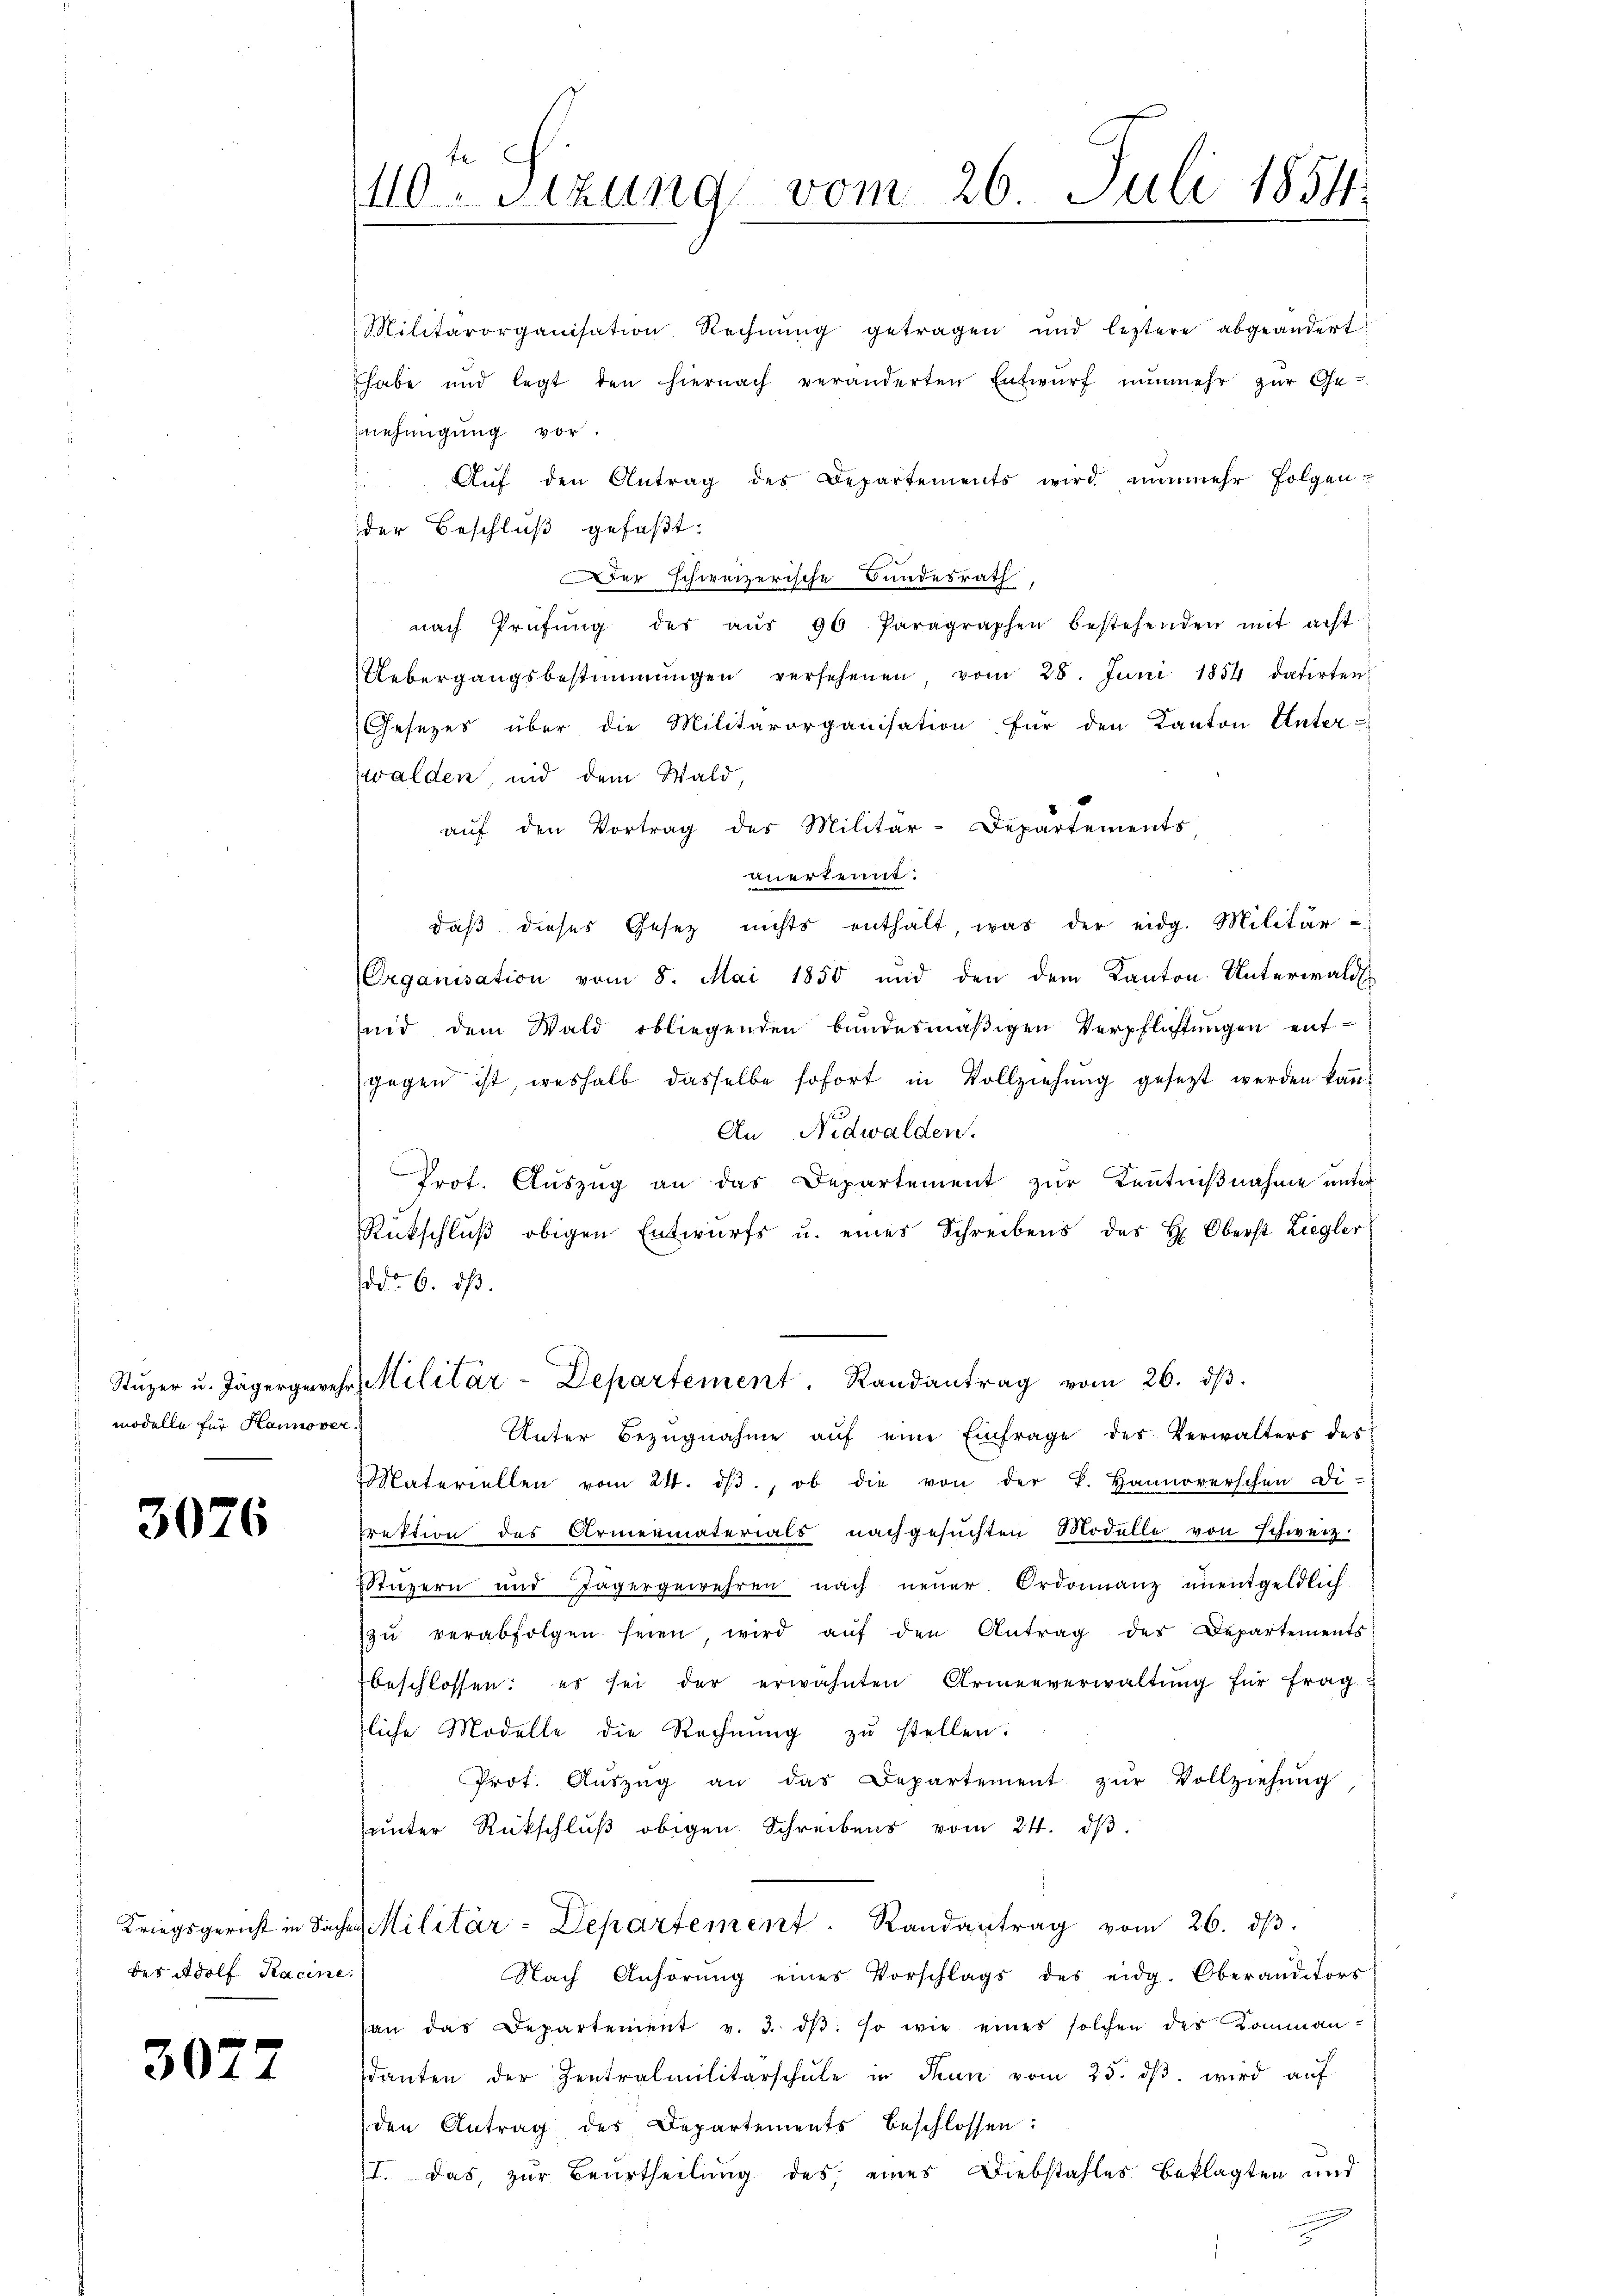
modelle für Hannover.
2

3076

des Adolf Kacine.

3077

110. Sitzung vom 26. Juli 1854.

Militärorganisation, Rechnŭng getragen und leztere abgeändert
habe und legt den hiernach veränderten Entwŭrf nŭnmehr zŭr Ge-
nehmigung vor.
Aŭf den Antrag des Departements wird nunmehr folgen-
der Beschluß gefaßt:
er schweizerische Bundesrath,
nach Prüfŭng des aŭs 90 Paragraphen bestehenden mit acht
Uebergangsbestimmungen versehenen, vom 28. Juni 1854 datirten
Gesezes über die Militärorganisation für den Kanton Unter-
walden, und dem Wald,
aŭf den Vortrag des Militär-Departements
anerkennt:
daß dieses Gesetz nichts enthält, was der eidg. Militär
Erganisation vom 8. Mai 1850 und den dem Kanton. Unterwald
und dem Wald obliegenden bundesmäßigen Verpflichtungen entgegen ist, weshalb dasselbe sofort in Vollziehŭng gesetzt werden kan
An Nidwalden.
Prot. Auszug an das Departement zur Kenntnißnahme unter
Rückschlŭβ obigen Entwurfs u. eines Schreibens des H. Oberst Ziegler
ddo 6. ds.
Stŭzer u. Jägergewehr, Militär-Departement. Randantrag vom 26. dβ.
Unter Bezugnahme aŭf eine Einfrage des Verwalters des
Materiellen vom 24. dβ., ob die von der k. Hannoverschen Di-
frektion des Armenmaterials nachgesuchten Modelle von Schweiz.
Wuzern und Tagergewehren nach neŭer Ordonnanz unentgeldlich
zŭ verabfolgen seien, wird aŭf den Antrag der Departements
beschlossen: es sei der erwähnten Armenverwaltŭng für frag
tliche Modelle die Rechnŭng zŭ stellen.
Prot. Aŭszŭg an das Departement zŭr Vollziehŭng
ŭnter Rückschlŭβ obigen Schreibens vom 24. dβ.
Kriegsgericht in Sachen Militär-Departement. Randantrag vom 26. dβ.
Nach Anhörung eines Vorschlags des eidg. Oberanditors
han das Departement v. 3. dβ. so wie eines solchen des Komman-
danten der Zentralmilitärschŭle in Thun vom 25. dβ wird auf
den Antrag des Departements beschlossen:
I. Das zur Beurtheilung des eines Diebstahles Beklagten und